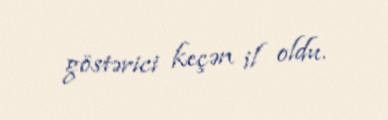
göstərici keçən il oldu.